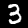
Digit: 3